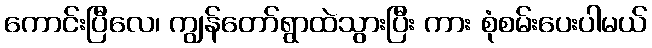
ကောင်းပြီလေ၊ ကျွန်တော်ရွာထဲသွားပြီး ကား စုံစမ်းပေးပါမယ်